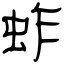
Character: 蚱